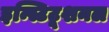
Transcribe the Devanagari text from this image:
इन्स्टिटूशनल